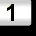
Digit: 1